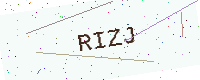
Text: RIZJ